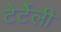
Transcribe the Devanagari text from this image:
टेर्टेली